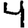
Digit: 4